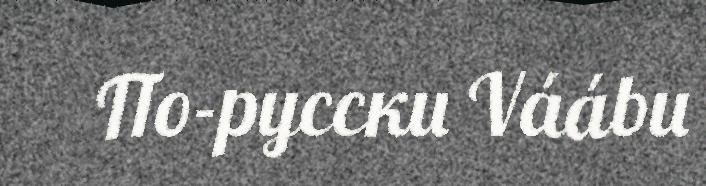
По-русски Váábu